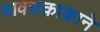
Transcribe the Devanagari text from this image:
मावसकाकाने